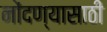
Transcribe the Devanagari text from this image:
नोंदण्यासाठी